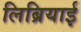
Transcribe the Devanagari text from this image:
लिब्रियाई